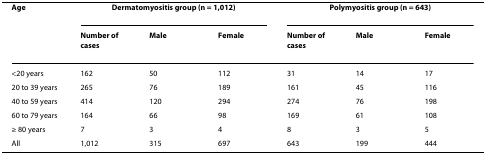
| Age | <COLSPAN=3> Dermatomyositis group (n = 1,012) | <COLSPAN=3> Polymyositis group (n = 643) |
 |  | Number of cases | Male | Female | Number of cases | Male | Female |
 | --- | --- | --- | --- | --- | --- | --- |
 | <20 years | 162 | 50 | 112 | 31 | 14 | 17 |
 | 20 to 39 years | 265 | 76 | 189 | 161 | 45 | 116 |
 | 40 to 59 years | 414 | 120 | 294 | 274 | 76 | 198 |
 | 60 to 79 years | 164 | 66 | 98 | 169 | 61 | 108 |
 | ≥ 80 years | 7 | 3 | 4 | 8 | 3 | 5 |
 | All | 1,012 | 315 | 697 | 643 | 199 | 444 |